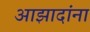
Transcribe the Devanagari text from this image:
आझादांना